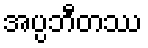
အပ္ပဘီတဿ